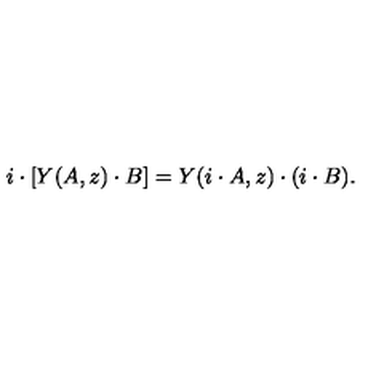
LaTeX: i \cdot \left[ Y ( A , z ) \cdot B \right] = Y ( i \cdot A , z ) \cdot ( i \cdot B ) .